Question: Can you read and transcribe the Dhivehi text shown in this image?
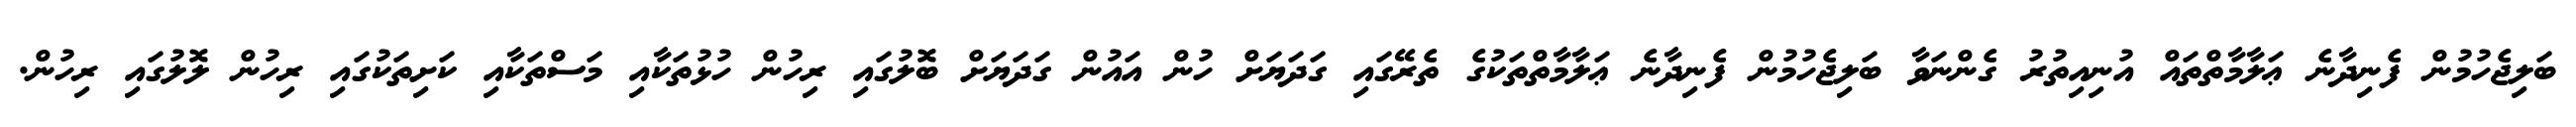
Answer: ބަލިޖެހުމުން ފެނިދާނެ ޢަލާމާތްތައް އުނިއިތުރު ގެންނަވާ ބަލިޖެހުމުން ފެނިދާނެ ޢަލާމާތްތަކުގެ ތެރޭގައި ގަދަޔަށް ހުން އައުން ގަދަޔަށް ބޮލުގައި ރިހުން ހުޅުތަކާއި މަސްތަކާއި ކަށިތަކުގައި ރިހުން ލޮލުގައި ރިހުން.